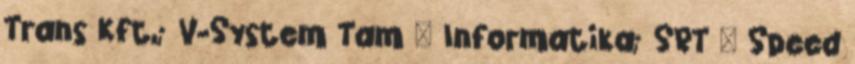
Trans Kft,; V-System Tam – Informatika; SRT – Speed